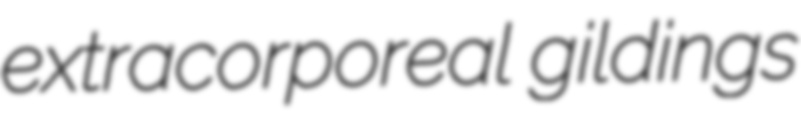
extracorporeal gildings